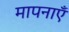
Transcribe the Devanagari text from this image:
मापनाएँ